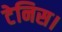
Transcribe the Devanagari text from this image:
टेनिस।